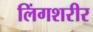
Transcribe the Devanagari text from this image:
लिंगशरीर